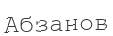
Абзанов